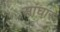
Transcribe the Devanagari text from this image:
सांघार